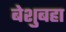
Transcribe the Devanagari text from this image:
बेशुबहा